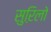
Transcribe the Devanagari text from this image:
सुऱिलो